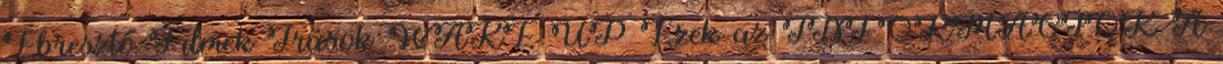
Ébresztő Filmek Írások WAKE UP Ezek az INFORMÁCIÓK A